Sanitation, dispensaries and jails vaccination Rajputana 1922-1927 - 1922-1927
Year: 1922
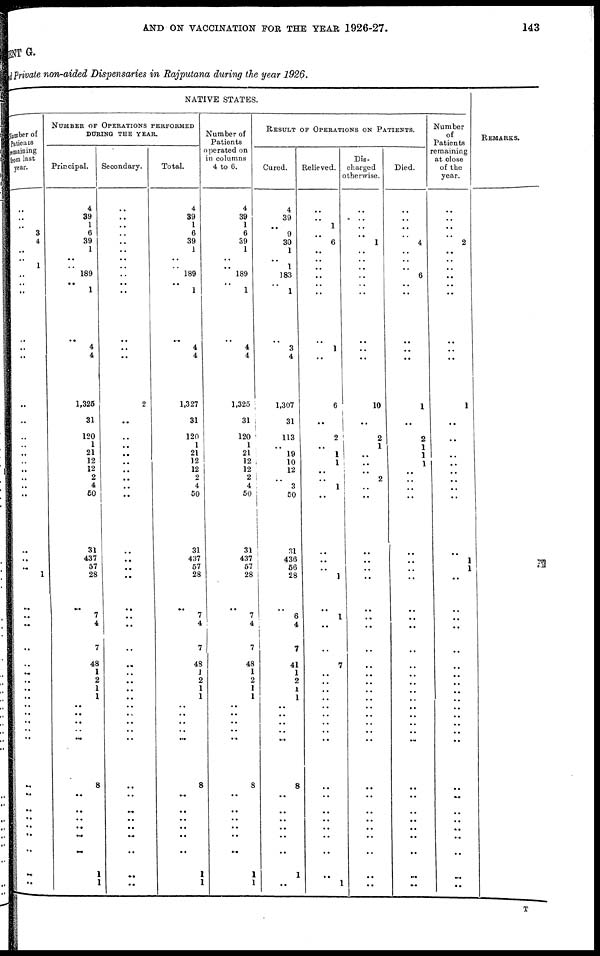
AND ON VACCINATION FOR THE YEAR 1926-27.
143
MENT G.
Private non-aided Dispensaries in Rajputana during the year 1926.
NATIVE STATES.
Number of
Patients
remaining
from last
year.
..
..
..
3
4
..
.. 1
..
..
..
..
..
..
..
..
..
..
..
..
..
..
..
..
..
..
..
1
..
.. ..
..
..
..
..
..
..
..
..
..
..
..
..
..
..
..
..
..
..
..
..
NUMBER OF OPERATIONS PERFORMED
DURING THE YEAR.
Principal.
4
39
1
6
39
1
..
..
189
..
1
..
4
4
1,325
31
120
1
21
12
12
2
4
50
31
437
57
28
..
7
4
7
48
1
2
1
1
..
..
..
..
..
8
..
..
..
..
..
..
1
1
Secondary.
..
..
..
..
..
..
..
..
..
..
..
..
..
..
2
..
..
..
..
..
..
..
..
..
..
..
..
..
..
..
..
..
..
..
..
..
..
..
..
..
..
..
..
..
..
..
..
..
..
..
..
Total.
4
39
1
6
39
1
..
..
189
.. 1
..
4
4
1,327
31
120
1
21
12
12
2
4
50
31
437
57
28
..
7
4
7
48
1
2
1
1
..
..
..
..
..
8
..
..
..
..
..
..
1
1
Number of
Patients
operated on
in columns
4 to 6.
4
39
1
6
39
1
..
..
189
.. 1
..
4
4
1,325
31
120
1
21
12
12
2
4
50
31
437
57
28
..
7
4
7
48
1
2
1
1
..
..
..
..
..
8
..
..
..
..
..
..
1
1
RESULT OF OPERATIONS ON PATIENTS.
Cured.
4
39
..
9
30
1
.. 1
183
..
1
..
3
4
1,307
31
113
..
19
10
12
..
3
50
31
436
56
28
..
6
4
7
41
1
2
1
1
..
..
..
..
..
8
..
..
..
..
..
..
1
..
Relieved.
..
.. 1
..
6
..
..
..
..
..
..
..
1
..
6
..
2
1
1
1
..
.. 1
..
..
..
..
1
..
1
..
..
7
..
..
..
..
..
..
..
..
..
..
..
..
..
..
..
..
..
1
Dis¬
charged
otherwise.
..
..
..
..
1
..
..
..
..
..
..
..
..
..
10
..
2
1
..
..
..
2
..
..
..
..
..
..
..
..
..
..
..
..
..
..
..
..
..
..
..
..
..
..
..
..
..
..
..
..
..
Died.
..
..
..
..
4
..
..
..
6
..
..
..
..
..
1
..
2
1
1
1
..
..
..
..
..
..
..
..
..
..
..
..
..
..
..
..
..
..
..
..
..
..
..
..
..
..
..
..
..
..
..
Number
of
Patients
remaining
at close
of the
year.
..
..
..
..
2
..
..
..
..
..
..
..
..
..
1
..
..
..
..
..
..
..
..
..
..
1
1
..
..
..
..
..
..
..
..
..
..
..
..
..
..
..
..
..
..
..
..
..
..
..
..
REMARKS.
T